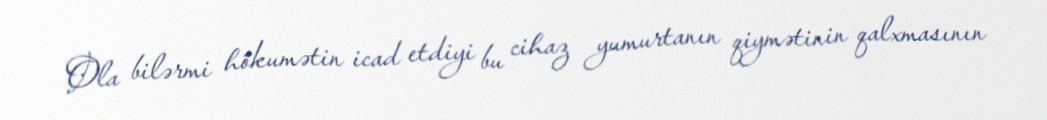
Ola bilərmi hökumətin icad etdiyi bu cihaz yumurtanın qiymətinin qalxmasının